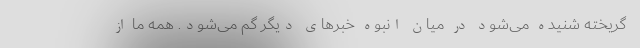
گریخته شنیده می‌شود در میان انبوه خبرهای دیگر گم می‌شود. همه ما از